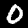
Label: 0